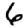
Digit: 6